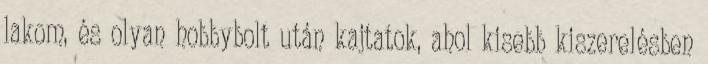
lakom, és olyan hobbybolt után kajtatok, ahol kisebb kiszerelésben